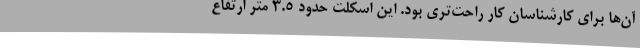
آن‌ها برای کارشناسان کار راحت‌تری بود. این اسکلت حدود 3.5 متر ارتفاع